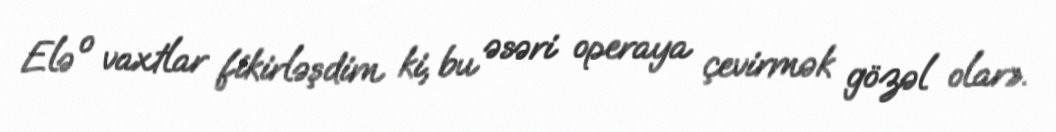
Elə o vaxtlar fikirləşdim ki, bu əsəri operaya çevirmək gözəl olar».